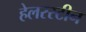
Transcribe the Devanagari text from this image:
हेलरस्टीन